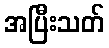
အပြီးသတ်